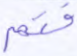
فتم